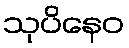
သုပိနေဝ